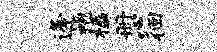
逄袍楹册心徊